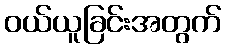
ဝယ်ယူခြင်းအတွက်